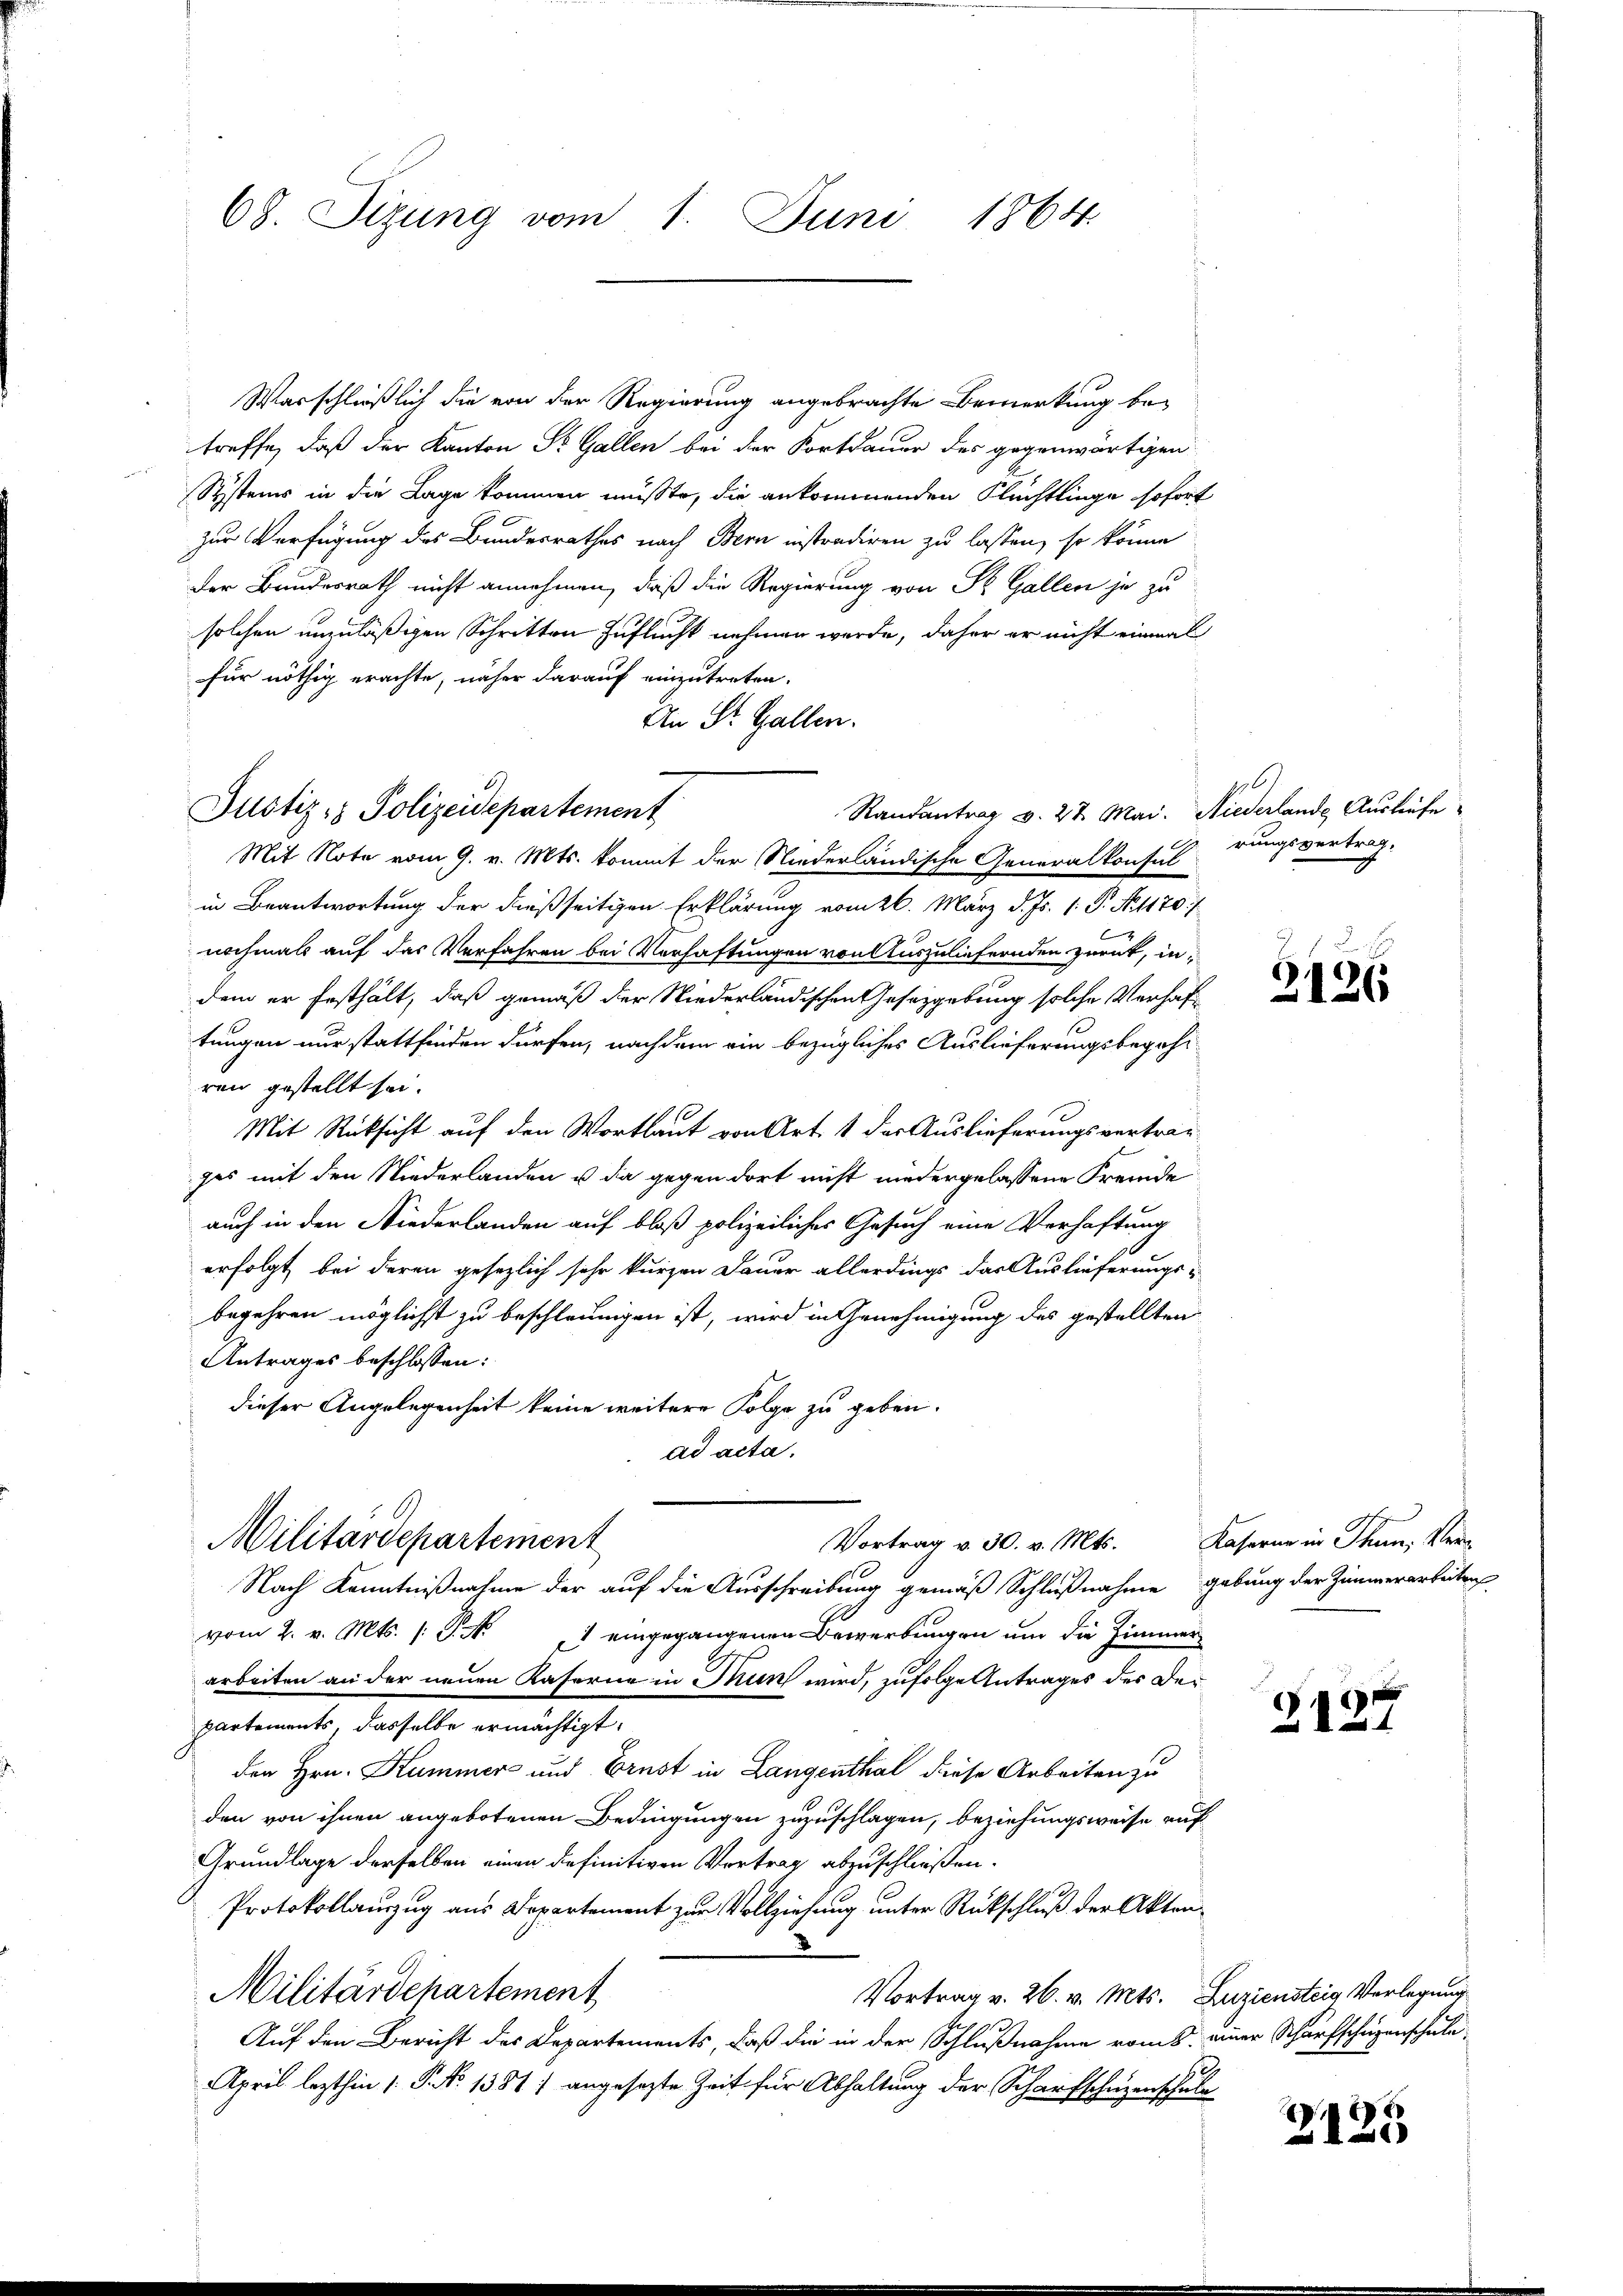
68. Sizung vom 1. Juni 1864.

Was schließlich die von der Regierung angebrachte Bemerkung betreffe, daß der Kanton St. Gallen bei der Fortdauer des gegenwärtigen
Systems in die Lage kommen müßte, die ankommenden Flüchtlinge sofort
zur Verfügung des Bundesrathes nach Bern instradiren zu lassen, so könne
Der Bundesrath nicht annehmen, daß die Regierung von St. Gallen je zu
solchen unzuläßigen Schritten Zuflucht nehmen werde, daher er nicht einmal
für nöthig erachte, näher darauf einzutreten.
An St. Gallen.
Randantrag v. 27. Mai. Niederlande Ausliefe
Mit Note vom 9. v. Mts. kommt der Niederländische Generalkonsul
in Beantwortung der dießseitigen Erklärung vom 26. März d. Js. 1. P. Nr. 1170.
nochmals auf das Verfahren bei Verhaftungen von Auszuliefernden zurück, in
dem er festhält, daß gemäß der Niederländischen Gesetzgebung solche Verhaftungen nur stattfinden dürfen, nachdem ein bezügliches Auslieferungsbegehr
ren gestellt sei.
Mit Rücksicht auf den Wortlaut von Art. 1 der Auslieferungsvertrag
ges mit den Niederlanden u da gegen dort nicht niedergelassene Fremde
auch in den Niederlanden auf bloß polizeiliches Gesuch eine Verhaftung
erfolgt, bei deren gesezlich sehr kurzen Dauer allerdings das Auslieferungs-
begehren möglichst zu beschleunigen ist, wird in Genehmigung des gestellten
Antrages beschlossen:
dieser Angelegenheit keine weitere Folge zu geben.
ad acta.
Militärdepartement
Vortrag v. 30. v. Mts. Kaserne in Thun, Ver¬
Nach Kenntnißnahme der auf die Ausschreibung gemäß Schlußnahme gebung der Zimmerarbeiten
vom 2. v. Mts. /: P. N. 1 eingegangenen Bewerbungen um die Zimmer
arbeiten an der neuen Kaserne in Thun wird, zufolge Antrages des Departements, dasselbe ermächtigt.
den Hrn. Kummer und Ernst in Langenthal diese Arbeiten zu
den von ihnen angebotenen Bedingungen zuzuschlagen, beziehungsweise auf
Grundlage derselben einen definitiven Vortrag abzuschließen.
Protokollauszug aus Departement zur Vollziehung unter Rückschluß der Akten¬
Militärdchartement
Vortrag v. 26. v. Mts. Luziensteig Verlegung
Auf den Bericht des Departements, daß die in der Schlußnahme vom 5. einer Scharfscheigenschule
April lezthin 1 S. No 1381) angesezte Zeit für Abhaltung der Scharfschuzenschule

Justiz- & Polizeidepartement

rungsvertrag.

1 x
2126

2127

p
2125